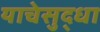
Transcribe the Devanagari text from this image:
याचेसुद्धा